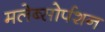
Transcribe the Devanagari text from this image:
मलेब्सोर्पशन